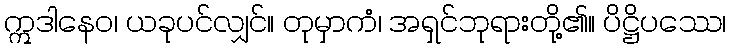
ဣဒါနေဝ၊ ယခုပင်လျှင်။ တုမှာကံ၊ အရှင်ဘုရားတို့၏။ ပိဋ္ဌိပဿေ၊